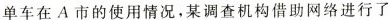
单车在A市的使用情况，某调查机构借助网络进行了